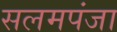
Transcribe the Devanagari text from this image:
सलमपंजा